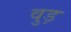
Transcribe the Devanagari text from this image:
वुड़